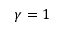
\gamma = 1